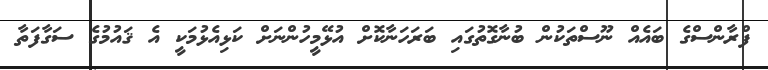
ފްރާންސްގެ ބައެއް ނޫސްތަކުން ބުނާގޮތުގައި ބަރަހަނާކޮށް އުޅޭމީހުންނަށް ކަޅިއެޅުމަކީ އެ ޤައުމުގެ ސަގާފަތާ